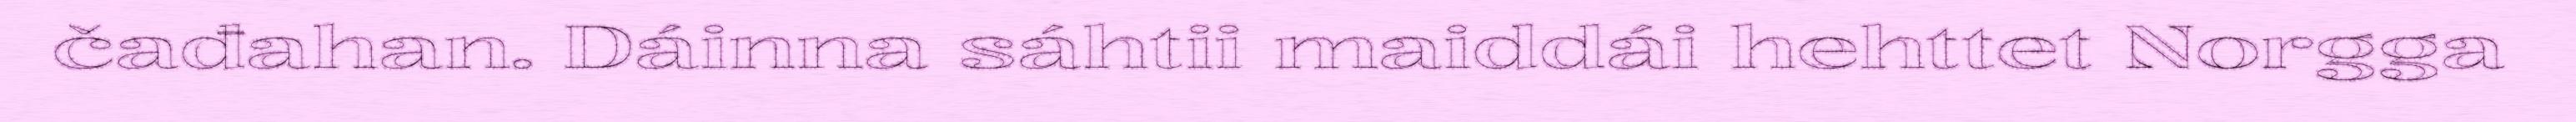
čađahan. Dáinna sáhtii maiddái hehttet Norgga